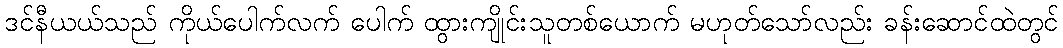
ဒင်နီယယ်သည် ကိုယ်ပေါက်လက် ပေါက် ထွားကျိုင်းသူတစ်ယောက် မဟုတ်သော်လည်း ခန်းဆောင်ထဲတွင်